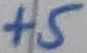
Text: +5